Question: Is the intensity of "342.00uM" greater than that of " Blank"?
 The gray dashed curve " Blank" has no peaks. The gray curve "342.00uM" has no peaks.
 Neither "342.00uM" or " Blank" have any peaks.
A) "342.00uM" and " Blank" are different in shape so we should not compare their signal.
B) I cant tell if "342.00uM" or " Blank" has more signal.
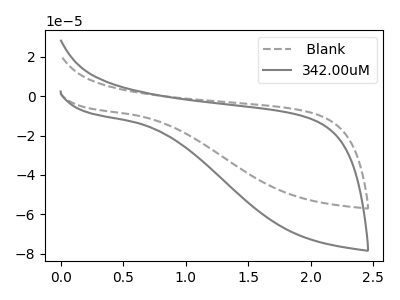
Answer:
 <answer>B) I cant tell if "342.00uM" or " Blank" has more signal.</answer>
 <eval>B</eval>